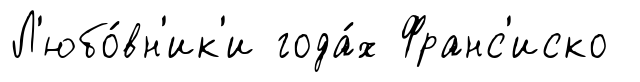
Л'юбо́вн'ик'и года́х Франс'иско